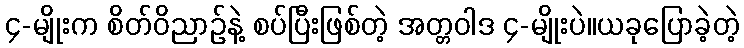
၄-မျိုးက စိတ်ဝိညာဉ်နဲ့ စပ်ပြီးဖြစ်တဲ့ အတ္တဝါဒ ၄-မျိုးပဲ။ယခုပြောခဲ့တဲ့